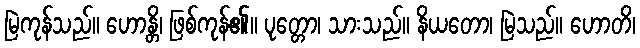
မြဲကုန်သည်။ ဟောန္တိ၊ ဖြစ်ကုန်၏။ ပုတ္တော၊ သားသည်။ နိယတော၊ မြဲသည်။ ဟောတိ၊